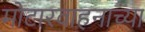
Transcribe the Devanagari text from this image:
मोटारवाहनाच्या